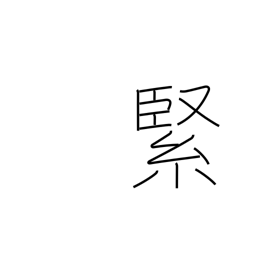
Meaning: solid